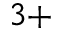
^ { 3 + }